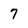
Character: 7